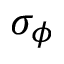
\sigma _ { \phi }